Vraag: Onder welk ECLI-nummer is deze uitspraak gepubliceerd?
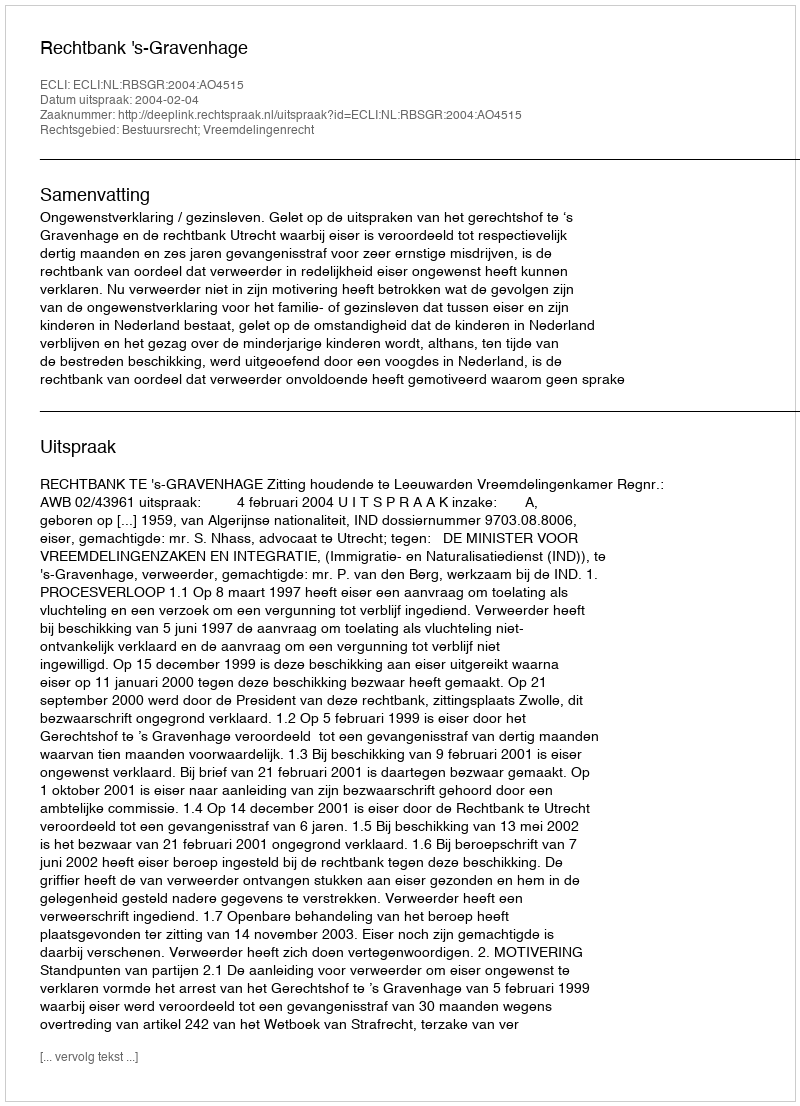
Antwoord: ECLI:NL:RBSGR:2004:AO4515